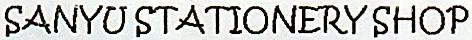
SANYU STATIONERY SHOP